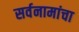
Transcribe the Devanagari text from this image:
सर्वनामांचा